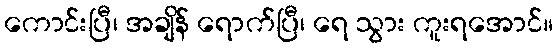
ကောင်းပြီ၊ အချိန် ရောက်ပြီ၊ ရေ သွား ကူးရအောင်။